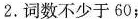
2.词数不少于 60;